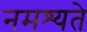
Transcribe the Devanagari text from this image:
नमश्यते